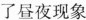
了昼夜现象